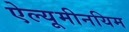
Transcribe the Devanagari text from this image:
ऐल्यूमीनयिम